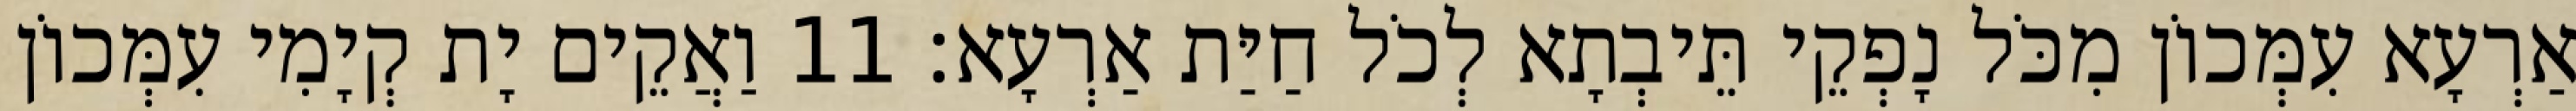
אַרְעָא עִמְּכוֹן מִכֹּל נָפְקֵי תֵּיבְתָא לְכֹל חַיַּת אַרְעָא׃ 11 וַאֲקֵים יָת קְיָמִי עִמְּכוֹן